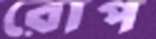
রোপ